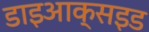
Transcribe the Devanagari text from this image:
डाइआक्सइड